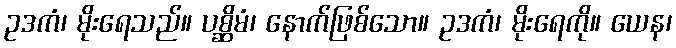
ဥဒကံ၊ မိုးရေသည်။ ပစ္ဆိမံ၊ နောက်ဖြစ်သော။ ဥဒကံ၊ မိုးရေကို။ ယေန၊